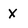
Character: x